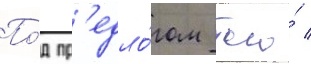
По́д пр'едло́гом того́ /